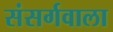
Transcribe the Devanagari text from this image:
संसर्गवाला